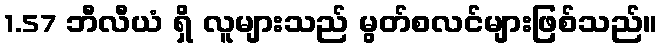
1.57 ဘီလီယံ ရှိ လူများသည် မွတ်စလင်များဖြစ်သည်။